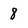
Character: 8